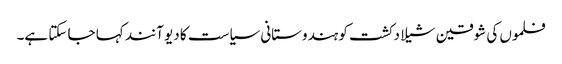
فلموں کی شوقین شیلا دکشت کو ہندوستانی سیاست کا دیو آنند کہا جا سکتا ہے۔